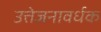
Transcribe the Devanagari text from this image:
उत्तेजनावर्धक